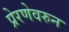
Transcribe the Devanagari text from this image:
प्रेरणेवरुन